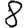
Digit: 8